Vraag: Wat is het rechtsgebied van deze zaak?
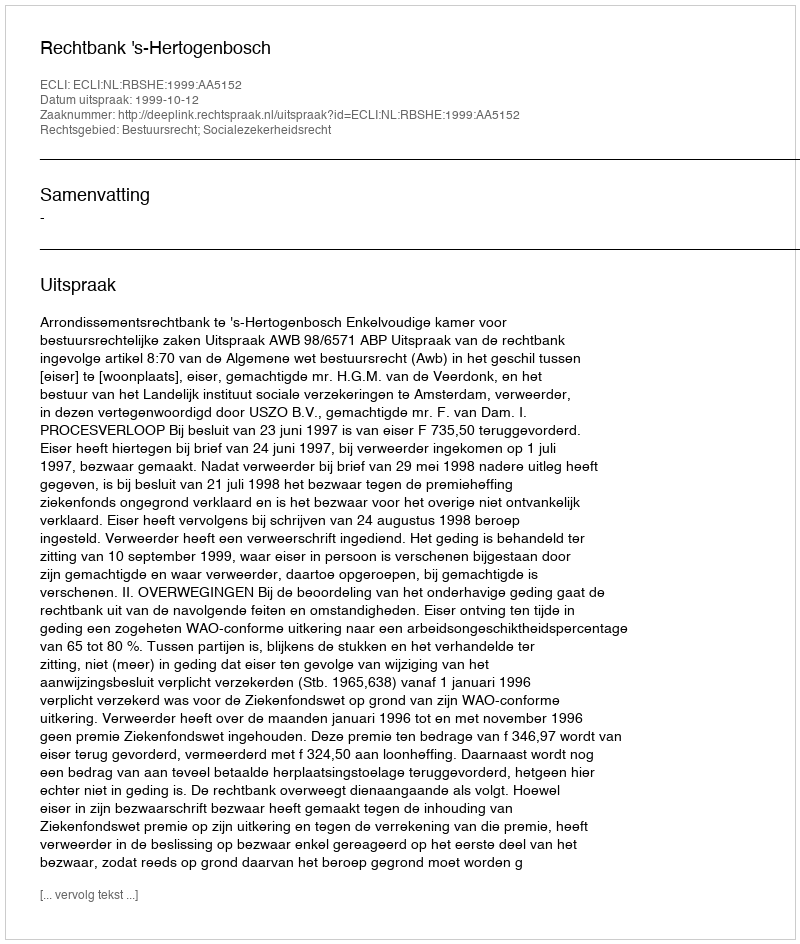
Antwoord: Bestuursrecht; Socialezekerheidsrecht